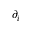
\partial _ { i }